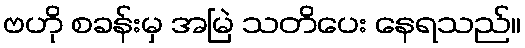
ဗဟို စခန်းမှ အမြဲ သတိပေး နေရသည်။